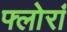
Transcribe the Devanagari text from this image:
फ्लोरां